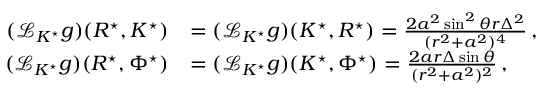
\begin{array} { r l } { ( \mathcal { L } _ { K ^ { \star } } g ) ( R ^ { \star } , K ^ { \star } ) } & { = ( \mathcal { L } _ { K ^ { \star } } g ) ( K ^ { \star } , R ^ { \star } ) = \frac { 2 a ^ { 2 } \sin ^ { 2 } \theta r \Delta ^ { 2 } } { ( r ^ { 2 } + a ^ { 2 } ) ^ { 4 } } \, , } \\ { ( \mathcal { L } _ { K ^ { \star } } g ) ( R ^ { \star } , \Phi ^ { \star } ) } & { = ( \mathcal { L } _ { K ^ { \star } } g ) ( K ^ { \star } , \Phi ^ { \star } ) = \frac { 2 a r \Delta \sin \theta } { ( r ^ { 2 } + a ^ { 2 } ) ^ { 2 } } \, , } \end{array}